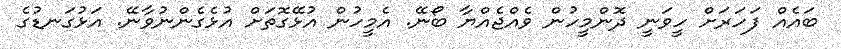
ބައެއް ފަހަރަށް ހީވަނީ ދޮންމީހުން ވެއްޖެއްޔާ ބޯނޭ. އެމީހުން އުޅޭގޮތަށް އުޅެގެންނުވާނޭ. އަޅުގަނޑުގެ